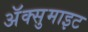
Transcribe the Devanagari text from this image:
अॅक्सुमाइट